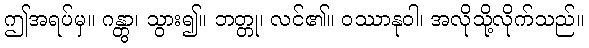
ဤအရပ်မှ။ ဂန္တွာ၊ သွား၍။ ဘတ္တု၊ လင်၏။ ဝဿာနုဝါ၊ အလိုသို့လိုက်သည်။